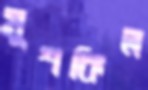
মুশকিল